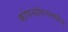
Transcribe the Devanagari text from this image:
कोपनहेगनमधील